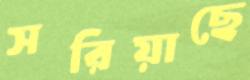
সরিয়াছে